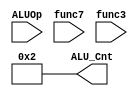
module alu_control( ALU_Cnt, ALUOp,func7,func3);
 output reg[3:0] ALU_Cnt;
 input [1:0] ALUOp;
 input [6:0] func7;
 input [2:0] func3;
 wire [5:0] ALUControlIn;
 
 assign ALUControlIn = {ALUOp,func7,func3};
 
 always @(ALUControlIn)
 casex (ALUControlIn)
   12'b00xxxxxxxxxx: ALU_Cnt=4'b0010;
   12'b01xxxxxxxxxx: ALU_Cnt=4'b0110;
   12'b100000000000: ALU_Cnt=4'b0010;
   12'b100100000000: ALU_Cnt=4'b0110;
   12'b100000000111: ALU_Cnt=4'b0000;
   12'b100000000110: ALU_Cnt=4'b0001;
  default: ALU_Cnt=4'b0000;
  endcase
endmodule